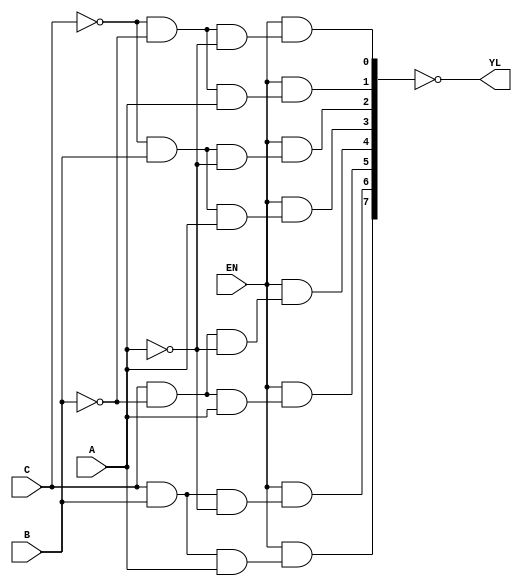
module decoder3x8( output [7:0] YL, input EN, C ,B ,A);
    wire [7:0] YH;
    assign  YH[7] = EN & ( C & B & A ),
            YH[6] = EN & ( C & B &~A ),
            YH[5] = EN & ( C &~B & A ),
            YH[4] = EN & ( C &~B &~A ),
            YH[3] = EN & (~C & B & A ),
            YH[2] = EN & (~C & B &~A ),
            YH[1] = EN & (~C &~B & A ),
            YH[0] = EN & (~C &~B &~A );

    assign YL = ~YH;
endmodule